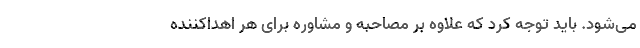
می‌شود. باید توجه کرد که علاوه بر مصاحبه و مشاوره برای هر اهداکننده